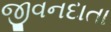
જીવનદાતા